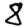
Digit: 8